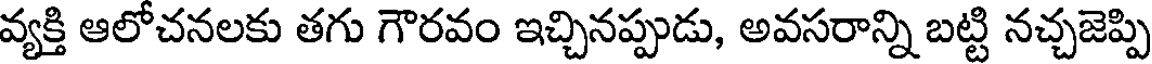
వ్యక్తి ఆలోచనలకు తగు గౌరవం ఇచ్చినప్పుడు, అవసరాన్ని బట్టి నచ్చజెప్పి